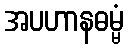
အပဟာနဓမ္မံ